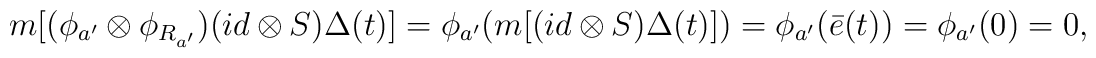
m[(\phi_{a^\prime}\otimes\phi_{R_{a^\prime}})(id\otimes S)\Delta(t)]=\phi_{a^\prime}(m[(id\otimes S)\Delta(t)])=\phi_{a^\prime}(\bar{e}(t))=\phi_{a^\prime}(0)=0,